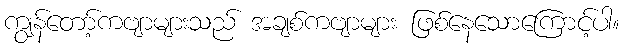
ကျွန်တော့်ကဗျာများသည် အချစ်ကဗျာများ ဖြစ်နေသောကြောင့်ပါ။